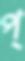
প্